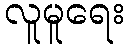
လူမူရေး